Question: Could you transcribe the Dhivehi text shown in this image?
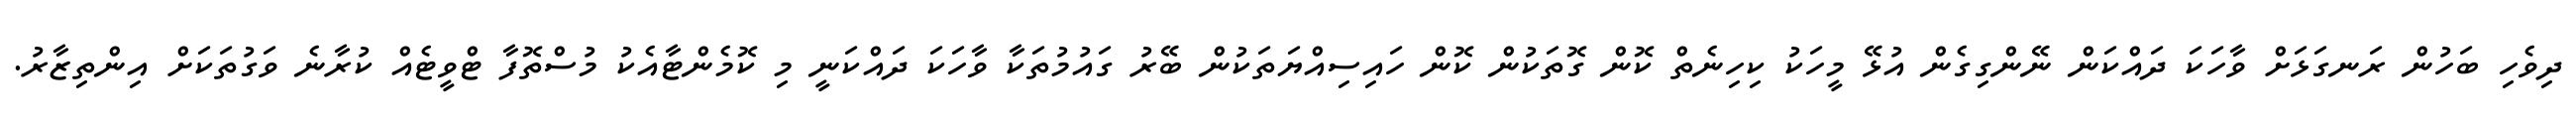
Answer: ދިވެހި ބަހުން ރަނގަޅަށް ވާހަކަ ދައްކަން ނޭންގިގެން އުޅޭ މީހަކު ކިހިނެތް ކޮން ގޮތަކުން ކޮން ހައިސިއްޔަތަކުން ބޭރު ގައުމުތަކާ ވާހަކަ ދައްކަނީ މި ކޮމެންޓާއެކު މުސްތޮފާ ޓްވީޓެއް ކުރާނެ ވަގުތަކަށް އިންތިޒާރު.